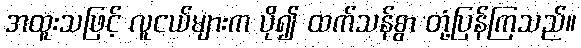
အထူးသဖြင့် လူငယ်များက ပို၍ ထက်သန်စွာ တုံ့ပြန်ကြသည်။